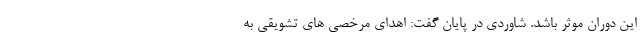
این دوران موثر باشد. شاوردی در پایان گفت: اهدای مرخصی های تشویقی به